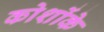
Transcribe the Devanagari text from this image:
कोशोंके